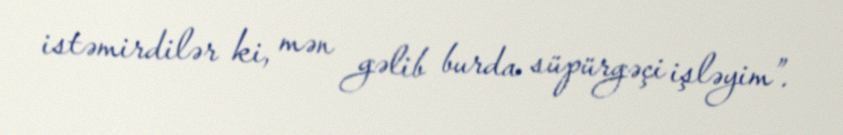
istəmirdilər ki, mən gəlib burda süpürgəçi işləyim”.